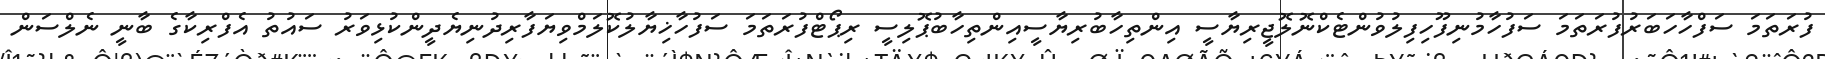
ފުރަތަމަ ސަފްހާހަބަރުފުރަތަމަ ސަފުހާމުނިފޫހިފިލުވުންޓެކްނޮލޮޖީރިޔާސީ އިންތިހާބުރިޔާސީއިންތިހާބުޕޮލިސީ ރިޕޯޓްފުރަތަމަ ސަފުހާޚިޔާލުކޮލަމްވިޔަފާރިދުނިޔެދީންކުޅިވަރު ސައުތު އެފްރިކާގެ ބާނީ ނެލްސަން